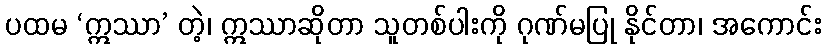
ပထမ ‘ဣဿာ’ တဲ့၊ ဣဿာဆိုတာ သူတစ်ပါးကို ဂုဏ်မပြု နိုင်တာ၊ အကောင်း